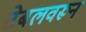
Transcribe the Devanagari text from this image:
टेबलवरून